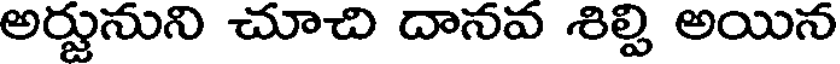
అర్జునుని చూచి దానవ శిల్పి అయిన